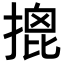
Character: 𢱧